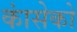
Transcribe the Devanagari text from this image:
कांसेको